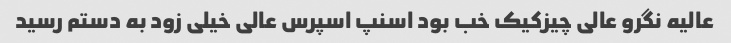
عالیه نگرو عالی چیزکیک خب بود اسنپ اسپرس عالی خیلی زود به دستم رسید